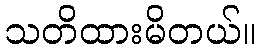
သတိထားမိတယ်။